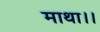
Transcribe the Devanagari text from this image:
माथा।।